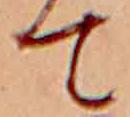
て